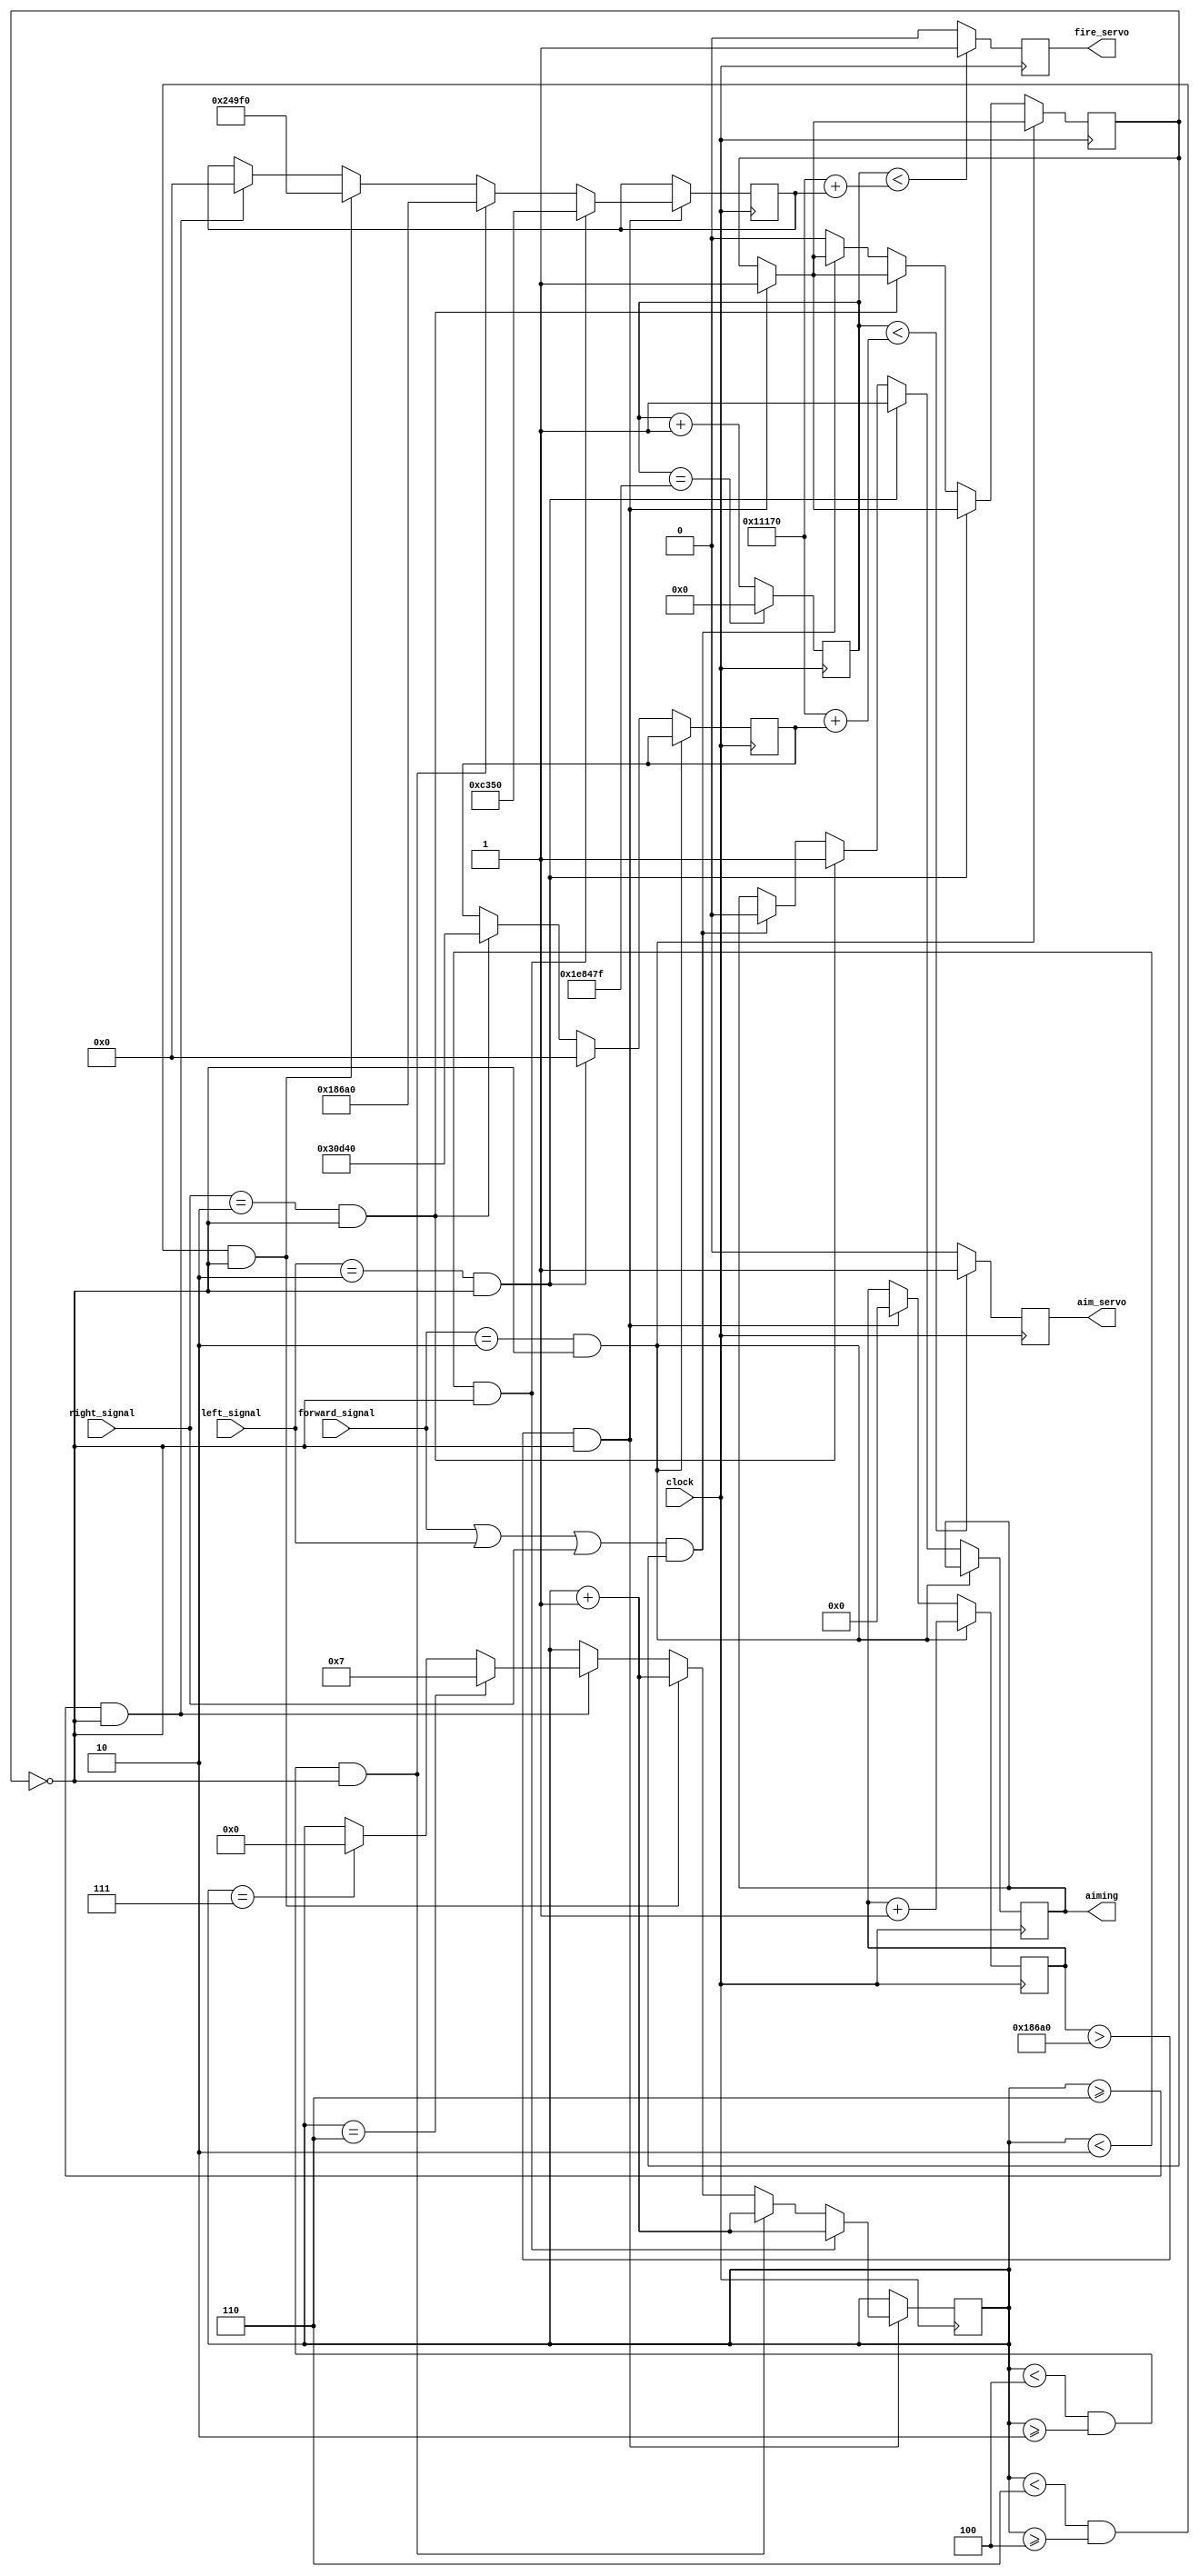
`timescale 1ns / 1ps

module servo_controller(
    input clock,
    input [1:0] forward_signal, left_signal, right_signal,
    output aim_servo, fire_servo, aiming
);
    reg [21:0] counter;
    reg [23:0] fire_counter;
    reg aiming_reg, firing_reg, fired, aiming_temp;
    reg [4:0] how_many_times_has_this_fool_fired, fool_next;
    reg [17:0] aim_control = 0;
    reg [17:0] fire_control = 0;
    reg [17:0] release_next = 0;    // initialize this to whatever then start incrementing by release_rband for each fire
    parameter   aim_left = 0,      // full left turn
                aim_right = 200000,      // full right turn
                aim_forward = 100000,   // forward on servo
                release_rband = 50000; // enough spin to release a single rubber band
    initial begin
        counter = 0;
        aiming_temp = 0;
        aiming_reg = 0;
        firing_reg = 0;
        fired = 0;
        fire_counter = 0;
        release_next = 0;
        how_many_times_has_this_fool_fired = 0;
        fool_next = 1;
    end
    
    
    always @(posedge clock) begin
        counter <= counter  + 1;
        if (counter == 'd1999999) // maybe change to 10ms instead of 20ms period width? ie 1999999 --> 999999
            counter <= 0;
        if(counter < ('d70000 + aim_control))
            aiming_reg <= 1;
        else
            aiming_reg <= 0;
        if(counter < ('d70000 + release_next))
            firing_reg <= 1;
        else
            firing_reg <= 0;
        if (fire_counter > 'd100000 && !fired) begin
            fire_counter <= 'd0;
            fired <= 1;     // latch so you don't fire twice
                        
            if(how_many_times_has_this_fool_fired < 'd2 && !fired) begin
                how_many_times_has_this_fool_fired <= how_many_times_has_this_fool_fired + 1;
                release_next <= 50000; // get ready to fire the next rubber band
            end
            
            else if(how_many_times_has_this_fool_fired < 'd4 && how_many_times_has_this_fool_fired >= 'd2 && !fired) begin
                how_many_times_has_this_fool_fired <= how_many_times_has_this_fool_fired + 1;
                release_next <= 100000;
            end
                        
            else if(how_many_times_has_this_fool_fired < 'd6 && how_many_times_has_this_fool_fired >= 'd4 && !fired) begin
                how_many_times_has_this_fool_fired <= how_many_times_has_this_fool_fired + 1;
                release_next <= 150000;
            end 
                        
            else if(how_many_times_has_this_fool_fired >= 'd6 && !fired) begin
                if(how_many_times_has_this_fool_fired == 'd6)
                    how_many_times_has_this_fool_fired <= 'd7;
                else if(how_many_times_has_this_fool_fired == 'd7)
                    how_many_times_has_this_fool_fired <= 0;
                release_next <= 0;
            end
        end 

        if (forward_signal == 2'b10  && !fired) begin                 // front phototransistor detects new enemy
            fire_control <= release_next;                           // make it turn enough to fire once
            fire_counter <= fire_counter + 1; end
        else if (left_signal == 2'b10 && !fired) begin          // left phototransistor detects new enemy
            aim_control <= aim_left;                                // make it turn all the way to the left
            aiming_temp <= 1; end                                   // stop the rover     
        else if (right_signal == 2'b10 && !fired) begin         // right phototransistor detects enemy
            aim_control <= aim_right;                               // make it turn all the way to the right
            aiming_temp <= 1; end                                   // stop the rover       
        else if ((forward_signal || left_signal || right_signal) && fired) // same hit target is detected, but nothing new
            aiming_temp <= 0;                                       // let the rover resume
        else       // nothing detected at all (triggers reset)
            fired <= 0; // be ready to fire next time it sees a new enemy
            //aiming_temp <= 0;   // possibly redundant as long as it's initialized as 0, but just to be on the safe side
        
    end

 assign aiming = aiming_temp;
 assign aim_servo = aiming_reg;
 assign fire_servo = firing_reg;
    
endmodule